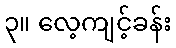
၃။ လေ့ကျင့်ခန်း